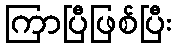
ကြာပြီဖြစ်ပြီး